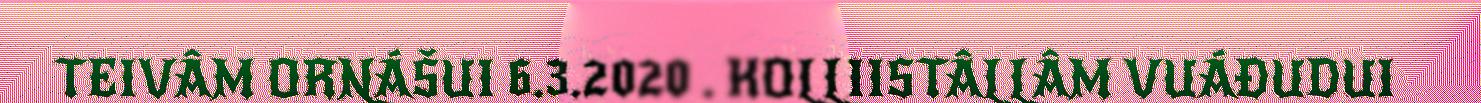
TEIVÂM ORNÁŠUI 6.3.2020 . KOLLIISTÂLLÂM VUÁĐUDUI